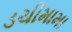
ડચીમામા